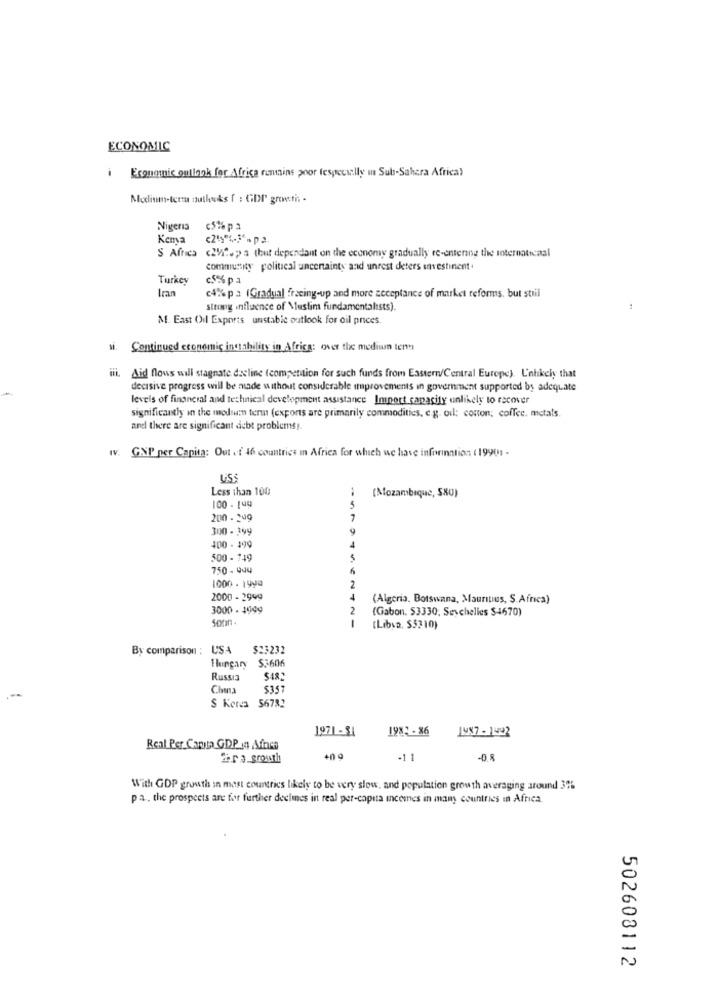
ECONOMIC
i Economic outlook for Africa remains poor fespecially in Sub-Sahara Africa)
Modlinm-teru nutlooks f : GDP growth -
Nigeria
c5% pa
Kenya
S Africa (212.>> a (but dependant on the economy gradually re-entering the international
community political uncertainty and unrest deters investiment.
Turkey
c.5% pa
Iran
c4% pa (Gradual fracing-up and more acceptance of market reforms, but stril
strong influence of Muslim fundamentalists).
M. East Oil Exports unstabic outlook for oil prices.
ni. Continued economic instability in Africa: over the medium ten
iii. Aid flows will stagnate decline (competition for such funds from Eastern/Central Europe). L'nlikely that
decisive progress will be made without considerable improvements in government supported by adequate
levels of financial and technical development assistance Import capacity unlikely to recover
significantly in the modsn term (exports are primarily commodities, e.g. oil; conon; coffee, metals.
and there are significant debt problems !.
IV. GNP per Capita: Out of 46 countries in Africa for which we have information ( 1990) .
USS
Less than 100
(Mozambique, 580)
100 - 149
200 . 249
7
300 - 399
400 - 199
500 - 149
750 - 944
1000. 1999
2
2000 - 2999
(Algeria. Botswana, Mauritius, S.Africa)
3000 - 4949
2
(Gabon. 53330; Seychelles $4670)
(Libya, $5710)
By comparison : USA
$23232
Hungary $3606
Russia
S48
China
$35
S Korea 56782
1971-31
1981- 36
Real Per Capita GDP 4 Africa
2hra growth
+0 0
-11
-0.8
With GDP growth in most countries likely to be very slow, and population growth averaging around 3%
pa ., the prospects are for further declines in real per-capita incomes in many countries in Africa.
502608112